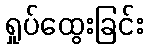
ရှုပ်ထွေးခြင်း